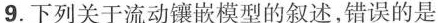
9.下列关于流动镶嵌模型的叙述，错误的是